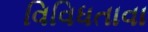
વિવિધતાવા